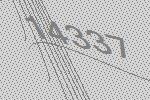
14337